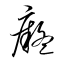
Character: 癡